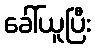
ခေါ်ယူပြီး